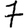
Digit: 7